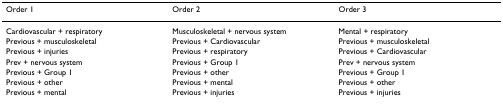
| Order 1 | Order 2 | Order 3 |
 | --- | --- | --- |
 | Cardiovascular + respiratory | Musculoskeletal + nervous system | Mental + respiratory |
 | Previous + musculoskeletal | Previous + Cardiovascular | Previous + musculoskeletal |
 | Previous + injuries | Previous + respiratory | Previous + Cardiovascular |
 | Prev + nervous system | Previous + Group 1 | Prev + nervous system |
 | Previous + Group 1 | Previous + other | Previous + Group 1 |
 | Previous + other | Previous + mental | Previous + other |
 | Previous + mental | Previous + injuries | Previous + injuries |